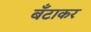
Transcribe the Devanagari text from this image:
बँटाकर